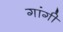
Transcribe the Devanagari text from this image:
गांगी